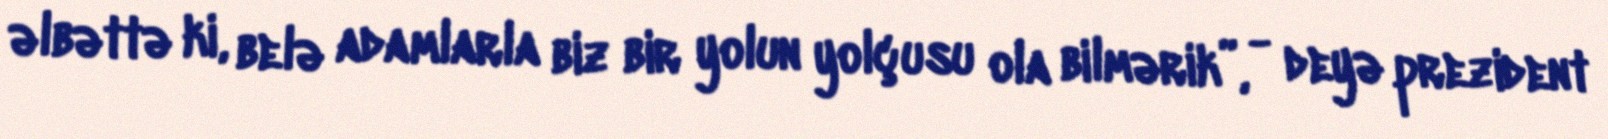
əlbəttə ki, belə adamlarla biz bir yolun yolçusu ola bilmərik”, - deyə prezident